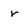
Character: r